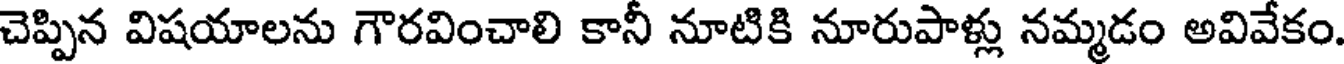
చెప్పిన విషయాలను గౌరవించాలి కానీ నూటికి నూరుపాళ్లు నమ్మడం అవివేకం.